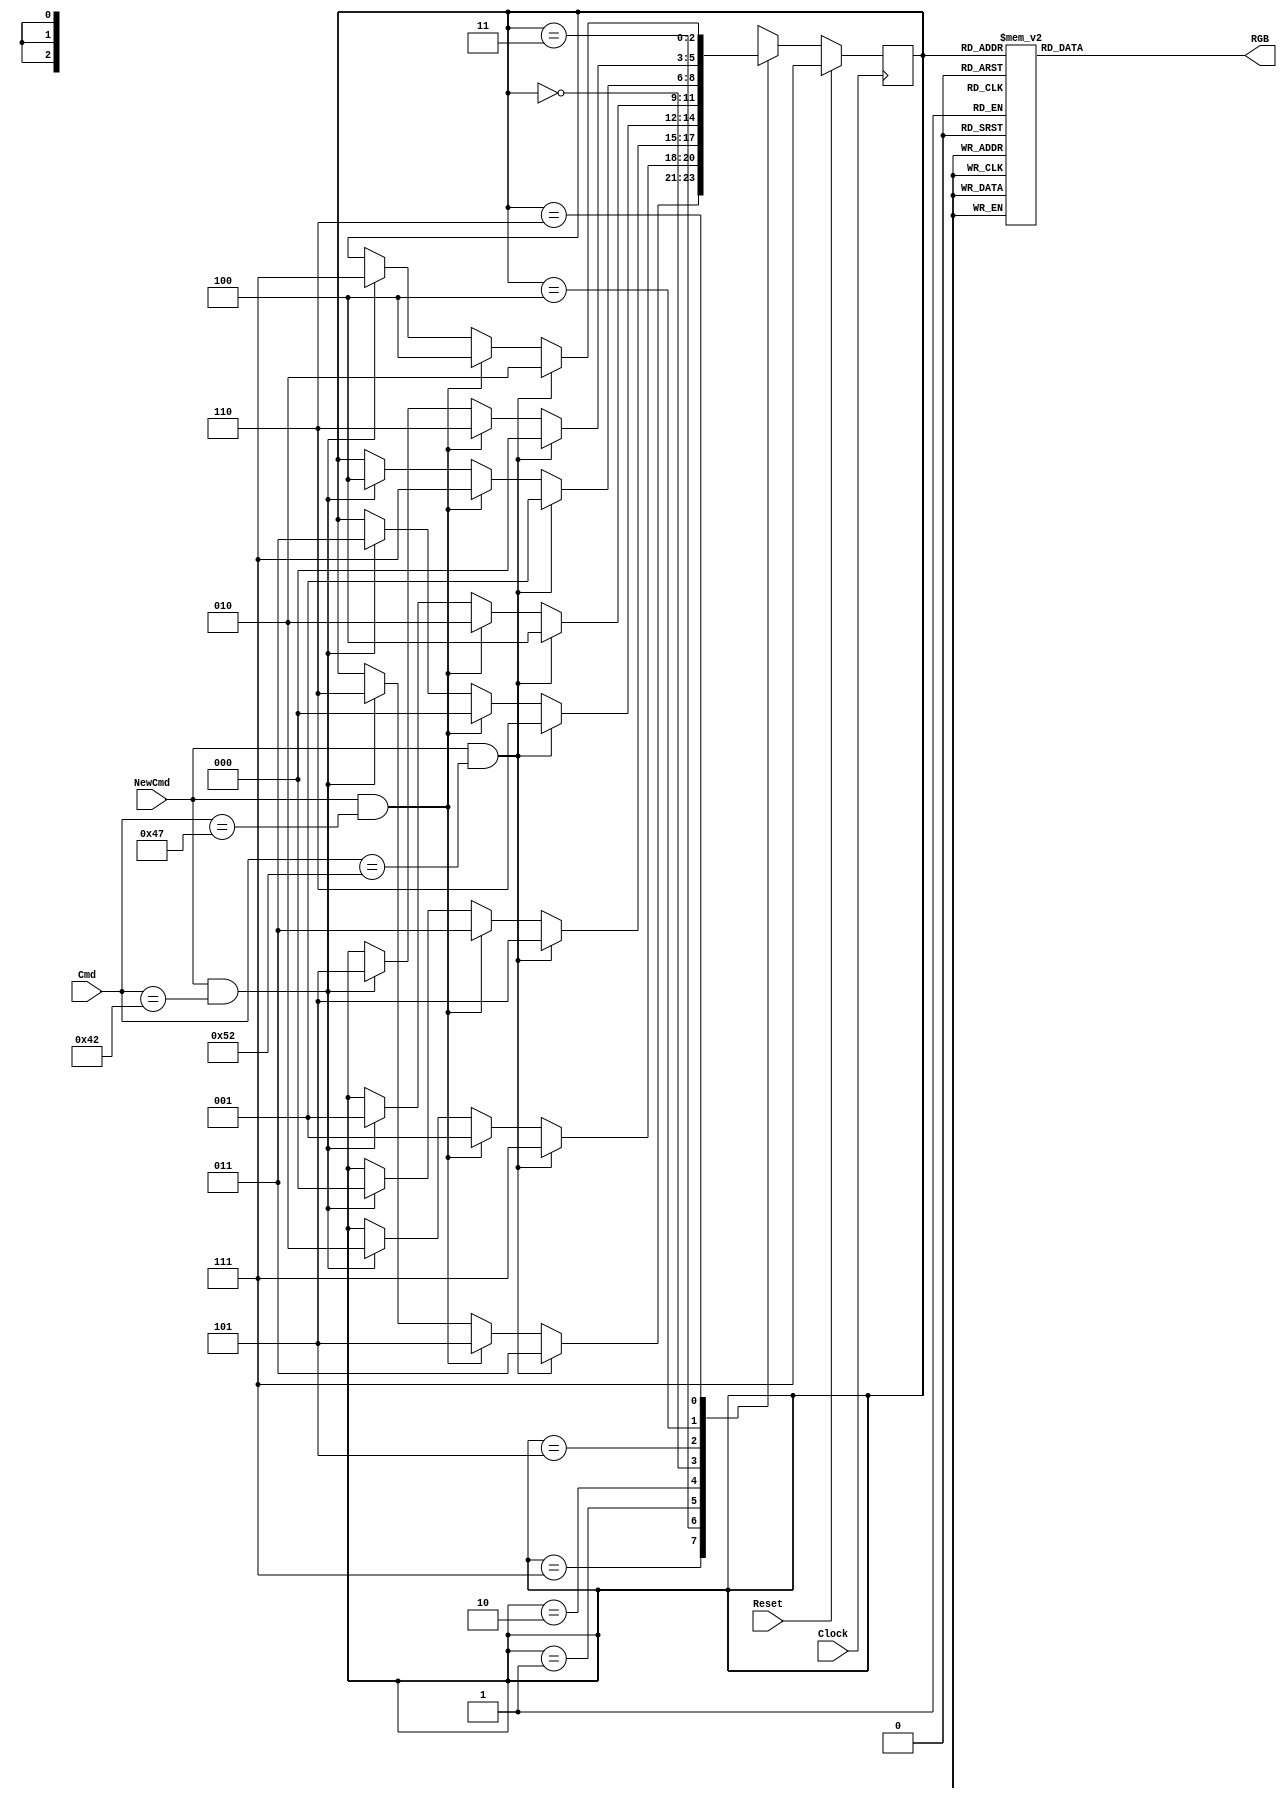
`timescale 1ns / 1ps
//////////////////////////////////////////////////////////////////////////////////
// Company: 
// Engineer: 
// 
// Design Name: 
// Module Name:    RGBFSM 
// Project Name: 
// Target Devices: 
// Tool versions: 
// Description: 
//
// Dependencies: 
//
// Revision: 
// Revision 0.01 - File Created
// Additional Comments: 
//
//////////////////////////////////////////////////////////////////////////////////
module RGBFSM(
	input wire Clock,
	input wire Reset,
	input wire [7:0] Cmd,
	input wire NewCmd,
	output reg [2:0] RGB
    );

localparam 	nnn = 3'b111,
				rnn = 3'b011,
				rgn = 3'b001,
				rnb = 3'b010,
				rgb = 3'b000,
				ngn = 3'b101,
				ngb = 3'b100,
				nnb = 3'b110;
			  
reg [2:0] CurrentState = 3'b111;
reg [2:0] NextState = 3'b111;

//--------------------------------------------
//Synchronous State Transition
//--------------------------------------------
always@(posedge Clock) begin
	if(Reset) CurrentState <= 3'b111;
	else CurrentState <= NextState;
end

//------------------------------------------
//Conditional State Transition
//------------------------------------------
always@(*) begin
	NextState = CurrentState;
	case (CurrentState)
		nnn: begin
				if(NewCmd && Cmd==82) NextState = rnn;
				else if(NewCmd && Cmd==71) NextState = ngn;
				else if(NewCmd && Cmd==66) NextState = nnb;
			end
		rnn: begin
				if(NewCmd && Cmd==82) NextState = nnn;
				else if(NewCmd && Cmd==71) NextState = rgn;
				else if(NewCmd && Cmd==66) NextState = rnb;
			end
		rgn: begin
				if(NewCmd && Cmd==82) NextState = ngn;
				else if(NewCmd && Cmd==71) NextState = rnn;
				else if(NewCmd &&Cmd==66) NextState = rgb;
			end
		rnb: begin
				if(NewCmd && Cmd==82) NextState = nnb;
				else if(NewCmd && Cmd==71) NextState = rgb;
				else if(NewCmd && Cmd==66) NextState = rnn;
			end
		rgb: begin
				if(NewCmd && Cmd==82) NextState = ngb;
				else if(NewCmd && Cmd==71) NextState = rnb;
				else if(NewCmd && Cmd==66) NextState = rgn;
			end
		ngn: begin
				if(NewCmd && Cmd==82) NextState = rgn;
				else if(NewCmd && Cmd==71) NextState = nnn;
				else if(NewCmd && Cmd==66) NextState = ngb;
			end
		ngb: begin
				if(NewCmd && Cmd==82) NextState = rgb;
				else if(NewCmd && Cmd==71) NextState = nnb;
				else if(NewCmd && Cmd==66) NextState = ngn;
			end
		nnb: begin
				if(NewCmd && Cmd==82) NextState = rnb;
				else if(NewCmd && Cmd==71) NextState = ngb;
				else if(NewCmd && Cmd==66) NextState = nnn;
			end
	endcase
end

always @(*) begin
	RGB = 3'b111;
	case (CurrentState)
		nnn: RGB = 3'b111;
		rnn: RGB = 3'b011;
		rgn: RGB = 3'b001;
		rnb: RGB = 3'b010;
		rgb: RGB = 3'b000;
		ngn: RGB = 3'b101;
		ngb: RGB = 3'b100;
		nnb: RGB = 3'b110;
	endcase
end

endmodule